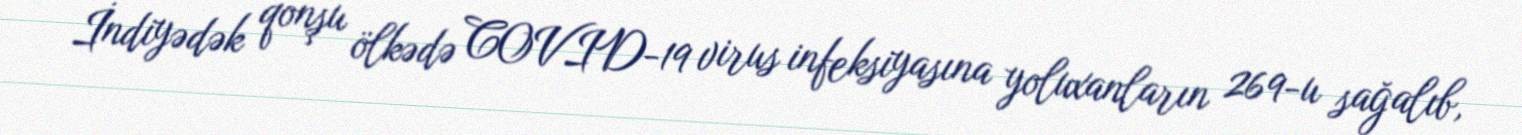
İndiyədək qonşu ölkədə COVID-19 virus infeksiyasına yoluxanların 269-u sağalıb,